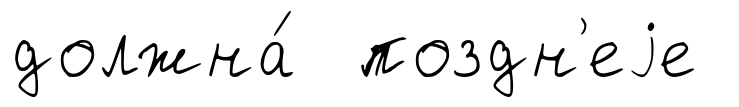
должна́ поздн'еjе